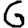
Digit: 6